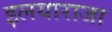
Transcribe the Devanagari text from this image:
इलयाराजा